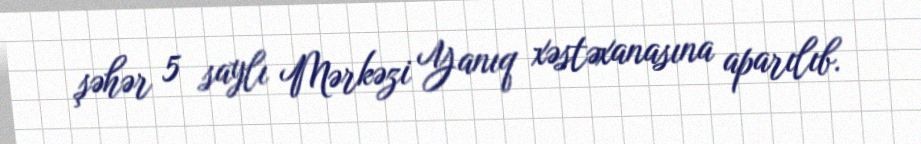
şəhər 5 saylı Mərkəzi Yanıq xəstəxanasına aparılıb.